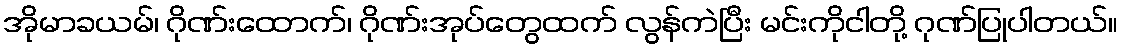
အိုမာခယမ်၊ ဂိုဏ်းထောက်၊ ဂိုဏ်းအုပ်တွေထက် လွန်ကဲပြီး မင်းကိုငါတို့ ဂုဏ်ပြုပါတယ်။